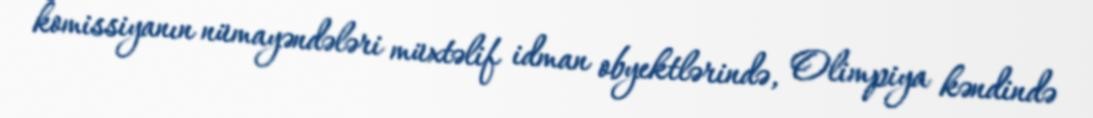
komissiyanın nümayəndələri müxtəlif idman obyektlərində, Olimpiya kəndində